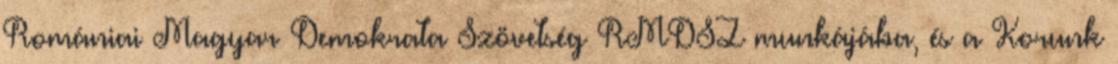
Romániai Magyar Demokrata Szövetség RMDSZ munkájába, és a Korunk